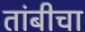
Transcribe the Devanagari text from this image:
तांबीचा